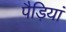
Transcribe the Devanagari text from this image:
पैड़ियां